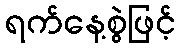
ရက်နေ့စွဲဖြင့်